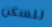
للسكن